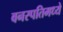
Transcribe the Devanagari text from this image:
वनस्पतिमध्ये